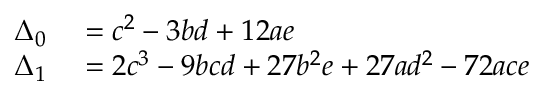
\begin{array} { r l } { \Delta _ { 0 } } & { { } = c ^ { 2 } - 3 b d + 1 2 a e } \\ { \Delta _ { 1 } } & { { } = 2 c ^ { 3 } - 9 b c d + 2 7 b ^ { 2 } e + 2 7 a d ^ { 2 } - 7 2 a c e } \end{array}